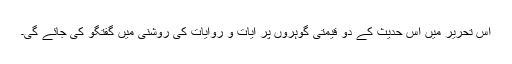
اس تحریر میں اس حدیث کے دو قیمتی گوہروں پر آیات و روایات کی روشنی میں گفتگو کی جائے گی۔